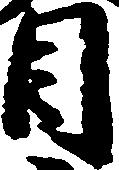
目